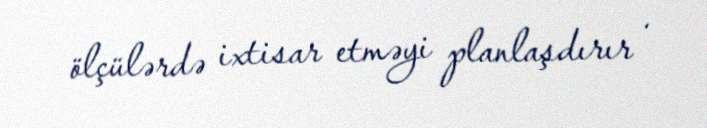
ölçülərdə ixtisar etməyi planlaşdırır .